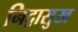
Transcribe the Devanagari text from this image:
निद्रासुख